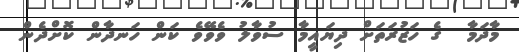
މާދަމާ  ގެ ހަޒުރަތަށް ދިޔައީމާ ސުވާލު ވެވޭވެ ކަން ހަނދާން ކޮށްދެން